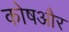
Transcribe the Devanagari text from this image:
कोषऔर